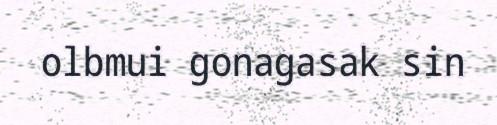
olbmui gonagasak sin